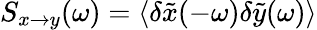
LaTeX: S_{x\to y}(\omega)=\langle\delta\tilde{x}(-\omega)\delta\tilde{y}(\omega)\rangle